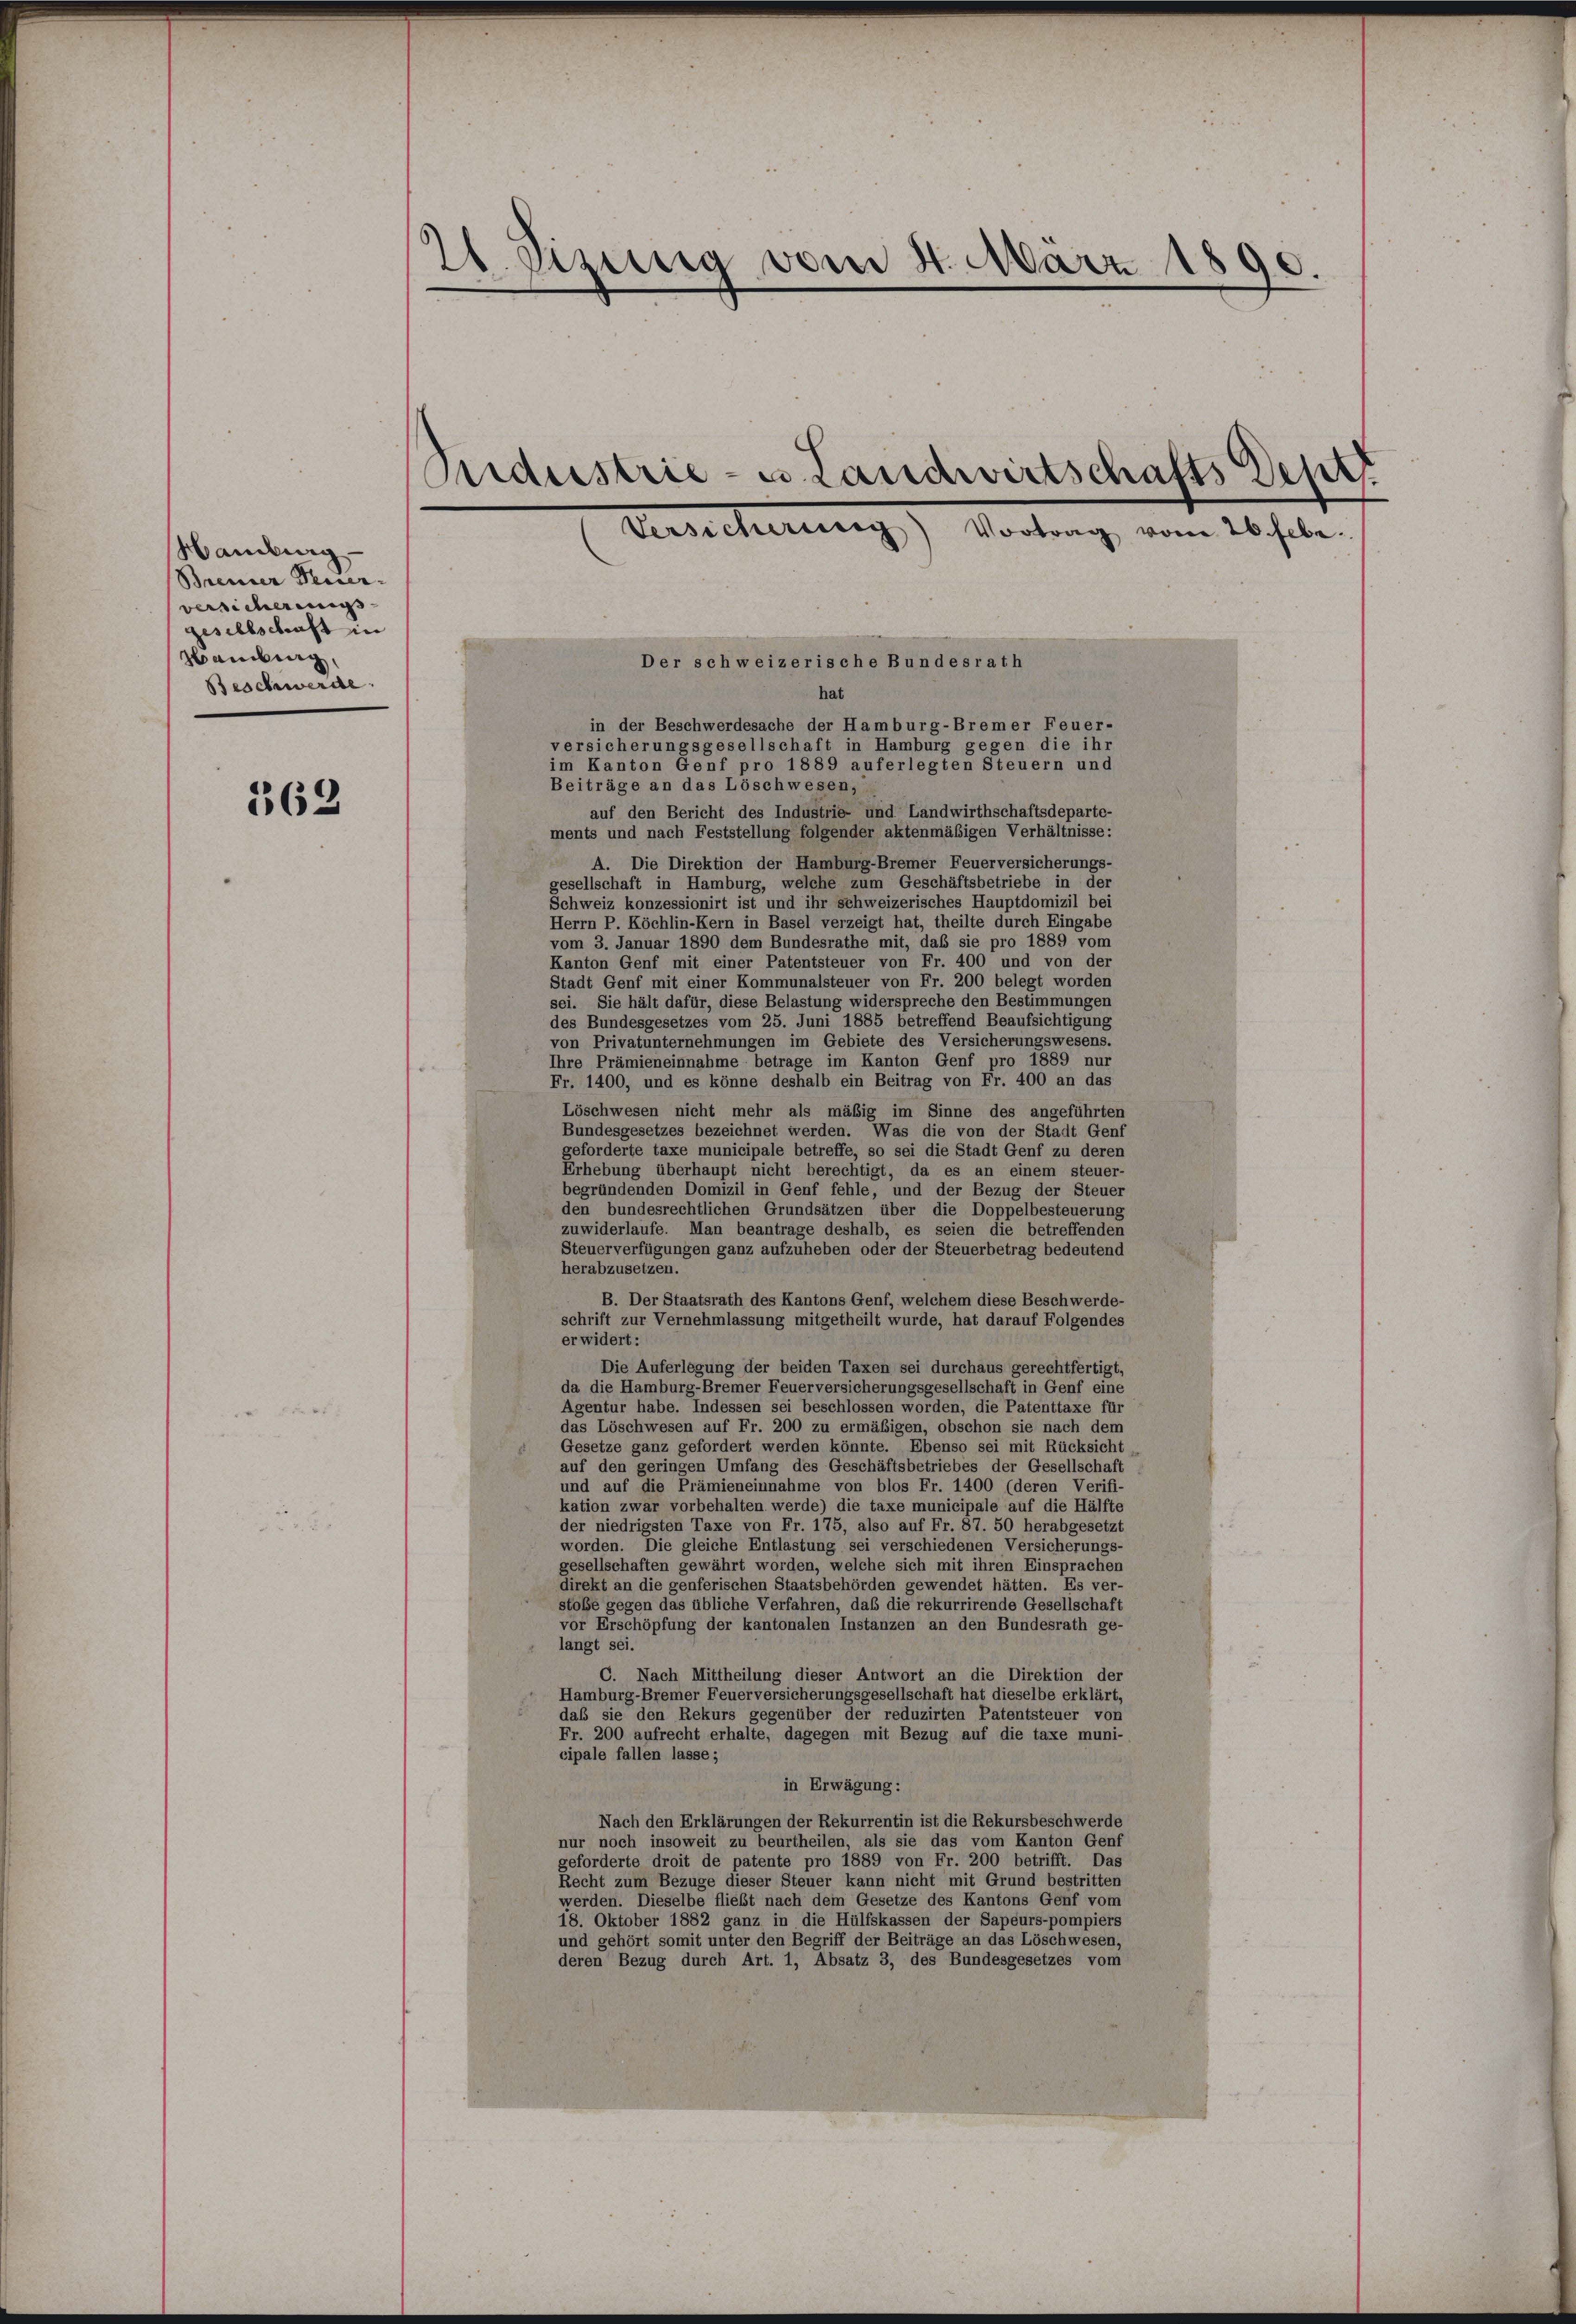
Handlung
Brenner Ferier-
versicherungs-
gesellschaft in
Hamburg,
Beschwerde

362

21. Sistina vom 4. März 1890.
Seidestrie- u. Landwirtschafts Deuts
Versicherung) Vortrag vom 26. Febr.
Der schweizerische Bundesrath
hat
in der Beschwerdesache der Hamburg-Bremer Feuer-
versicherungsgesellschaft in Hamburg gegen die ihr
im Kanton Genf pro 1889 auferlegten Steuern und

Beiträge an das Löschwesen,
auf den Bericht des Industrie- und Landwirthschaftsdeparte-
ments und nach Feststellung folgender aktenmäßigen Verhältnisse:
A. Die Direktion der Hamburg-Bremer Feuerversicherungs-
gesellschaft in Hamburg, welche zum Geschäftsbetriebe in der
Schweiz konzessionirt ist und ihr schweizerisches Hauptdomizil bei
Herrn P. Köchlin-Kern in Basel verzeigt hat, theilte durch Eingabe
vom 3. Januar 1890 dem Bundesrathe mit, daß sie pro 1889 vom
Kanton Genf mit einer Patentsteuer von Fr. 400 und von der
Stadt Genf mit einer Kommunalsteuer von Fr. 200 belegt worden
sei. Sie hält dafür, diese Belastung widerspreche den Bestimmungen
des Bundesgesetzes vom 25. Juni 1885 betreffend Beaufsichtigung
von Privatunternehmungen im Gebiete des Versicherungswesens.
Ihre Prämieneinnahme betrage im Kanton Genf pro 1889 nur
Fr. 1400, und es könne deshalb ein Beitrag von Fr. 400 an das
Löschwesen nicht mehr als mäßig im Sinne des angeführten
Bundesgesetzes bezeichnet werden. Was die von der Stadt Genf
geforderte taxe municipale betreffe, so sei die Stadt Genf zu deren
Erhebung überhaupt nicht berechtigt, da es an einem steuer-
begründenden Domizil in Genf fehle, und der Bezug der Steuer
den bundesrechtlichen Grundsätzen über die Doppelbesteuerung
zuwiderlaufe. Man beantrage deshalb, es seien die betreffenden
Steuerverfügungen ganz aufzuheben oder der Steuerbetrag bedeutend
herabzusetzen.
B. Der Staatsrath des Kantons Genf, welchem diese Beschwerde-
schrift zur Vernehmlassung mitgetheilt wurde, hat darauf Folgendes
erwidert:
Die Auferlegung der beiden Taxen sei durchaus gerechtfertigt,
da die Hamburg-Bremer Feuerversicherungsgesellschaft in Genf eine
Agentur habe. Indessen sei beschlossen worden, die Patenttaxe für
das Löschwesen auf Fr. 200 zu ermäßigen, obschon sie nach dem
Gesetze ganz gefordert werden könnte. Ebenso sei mit Rücksicht
auf den geringen Umfang des Geschäftsbetriebes der Gesellschaft
und auf die Prämieneinnahme von blos Fr. 1400 (deren Verifi-
kation zwar vorbehalten werde) die taxe municipale auf die Hälfte
der niedrigsten Taxe von Fr. 175, also auf Fr. 87. 50 herabgesetzt
worden. Die gleiche Entlastung sei verschiedenen Versicherungs-
gesellschaften gewährt worden, welche sich mit ihren Einsprachen
direkt an die genferischen Staatsbehörden gewendet hätten. Es ver-
stobe gegen das übliche Verfahren, daß die rekurrirende Gesellschaft
vor Erschöpfung der kantonalen Instanzen an den Bundesrath ge-
langt sei.
C. Nach Mittheilung dieser Antwort an die Direktion der
Hamburg-Bremer Feuerversicherungsgesellschaft hat dieselbe erklärt,
daß sie den Rekurs gegenüber der reduzirten Patentsteuer von
Fr. 200 aufrecht erhalte, dagegen mit Bezug auf die taxe muni-
cipale fallen lasse;
in Erwägung:
Nach den Erklärungen der Rekurrentin ist die Rekursbeschwerde
nur noch insoweit zu beurtheilen, als sie das vom Kanton Genf
geforderte droit de patente pro 1889 von Fr. 200 betrifft. Das
Recht zum Bezuge dieser Steuer kann nicht mit Grund bestritten
werden. Dieselbe fließt nach dem Gesetze des Kantons Genf vom
18. Oktober 1882 ganz in die Hülfskassen der Sapeurs-pompiers
und gehört somit unter den Begriff der Beiträge an das Löschwesen,
deren Bezug durch Art. 1, Absatz 3, des Bundesgesetzes vom